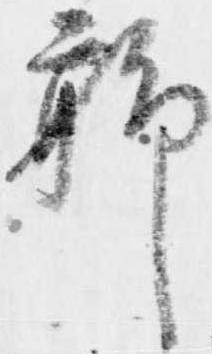
聊